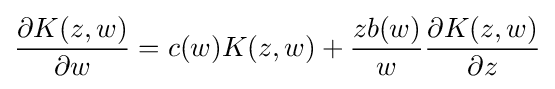
{\frac {\partial K(z,w)}{\partial w}}=c(w)K(z,w)+{\frac {zb(w)}{w}}{\frac {\partial K(z,w)}{\partial z}}